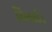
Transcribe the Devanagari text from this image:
दिलाईं।